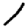
Digit: 1